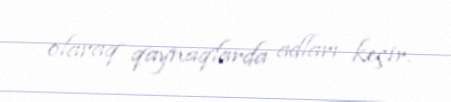
olaraq qaynaqlarda adları keçir.